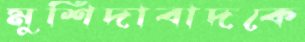
মুর্শিদাবাদকে